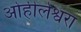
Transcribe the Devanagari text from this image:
ओहीलेश्वरा